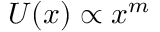
U ( x ) \propto x ^ { m }